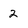
Character: 2